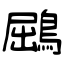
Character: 鶌